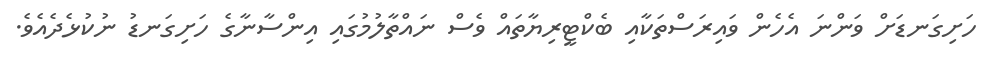
ހަށިގަނޑަށް ވަންނަ އެހެން ވައިރަސްތަކާއި ބެކްޓީރިޔާތައް ވެސް ނައްތާލުމުގައި އިންސާނާގެ ހަށިގަނޑު ނުކުޅެދެއެވެ.